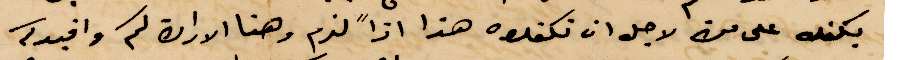
يكفله على من لاجل ان تكفلوه هذا اذًا لزم وهنا الاراة كم وافيركم